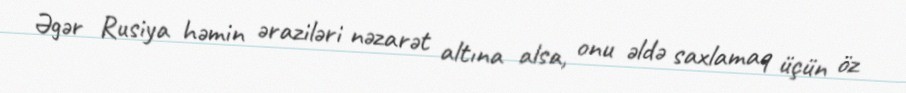
Əgər Rusiya həmin əraziləri nəzarət altına alsa, onu əldə saxlamaq üçün öz